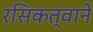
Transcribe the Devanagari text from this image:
रसिकत्वाने